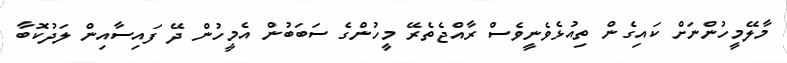
މާލޭމީހުންނަށް ކައިގެން ތިއުޅެވެނީވެސް ރާއްޖެތެރޭ މީހުންގެ ސަބަބުން އެމީހުން ދޭ ފައިސާއިން ލަދުކޮބާ